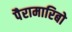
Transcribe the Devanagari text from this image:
पैरामारिबो